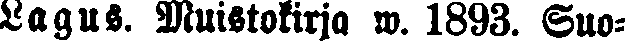
Lagus. Muistokirja w. 1893. Suo-